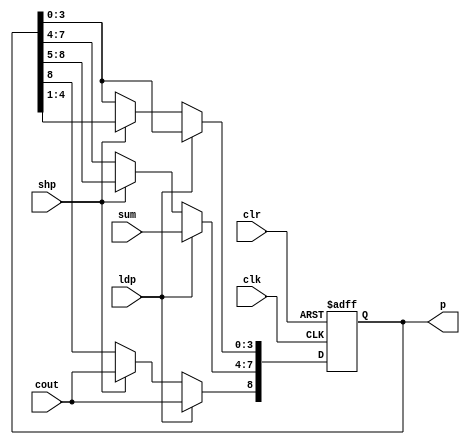
`timescale 1ns / 1ps
//////////////////////////////////////////////////////////////////////////////////
// Company: 
// Engineer: 
// 
// Design Name: 
// Module Name: PROD
// Project Name: 
// Target Devices: 
// Tool Versions: 
// Description: 
// 
// Dependencies: 
// 
// Revision:
// Revision 0.01 - File Created
// Additional Comments:
// 
//////////////////////////////////////////////////////////////////////////////////


module PROD(sum,shp,ldp,clr,cout,clk,p);
input[3:0] sum;
input clr,clk,shp,ldp,cout;
output[8:0] p;
reg[8:0] p;


always@(posedge clk or posedge clr)
begin
if(clr)
p<=0;
else if(ldp)begin
p[7:4]= {sum};
p[8]= {cout}; end
else if(shp)
begin
p[8:0] <= {cout,p[8:1]};
end
end
endmodule